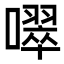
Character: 噿